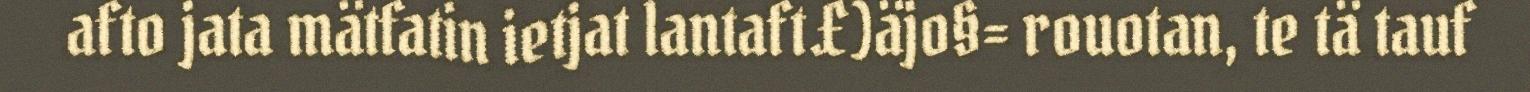
afto jata mätfatin ietjat lantaft £)äjo§= rouotan, te tä tauf